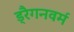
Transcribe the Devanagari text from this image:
ड्रैगनवर्म